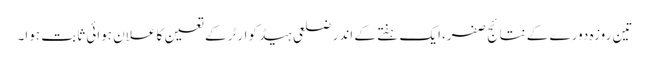
تین روزہ دورے کے نتائج صفر،ایک ہفتے کے اندر ضلعی ہیڈ کوارٹر کے تعین کا علان ہوائی ثابت ہوا۔